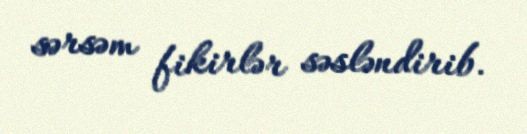
sərsəm fikirlər səsləndirib.